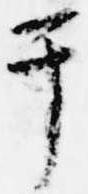
于